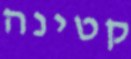
קטינה